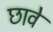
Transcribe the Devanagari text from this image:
छावे